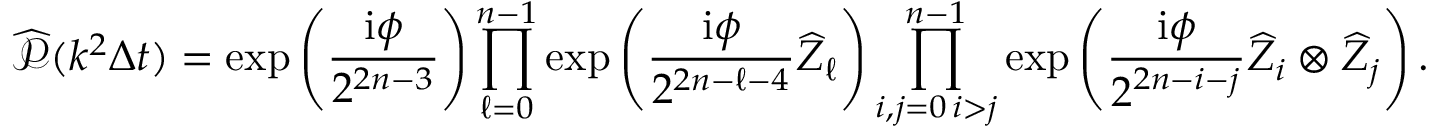
\widehat { \mathcal { P } } ( k ^ { 2 } \Delta t ) = \exp \left( \frac { \mathrm { i } \phi } { 2 ^ { 2 n - 3 } } \right) \prod _ { \ell = 0 } ^ { n - 1 } \exp \left( \frac { \mathrm { i } \phi } { 2 ^ { 2 n - \ell - 4 } } \widehat { Z } _ { \ell } \right) \prod _ { \substack { i , j = 0 \, i > j } } ^ { n - 1 } \exp \left( \frac { \mathrm { i } \phi } { 2 ^ { 2 n - i - j } } \widehat { Z } _ { i } \otimes \widehat { Z } _ { j } \right) .